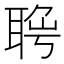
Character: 𦖄